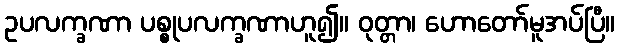
ဥပလက္ခဏာ ပစ္စုပလက္ခဏာဟူ၍။ ဝုတ္တာ၊ ဟောတော်မူအပ်ပြီ။